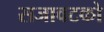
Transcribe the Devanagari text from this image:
सजावटको